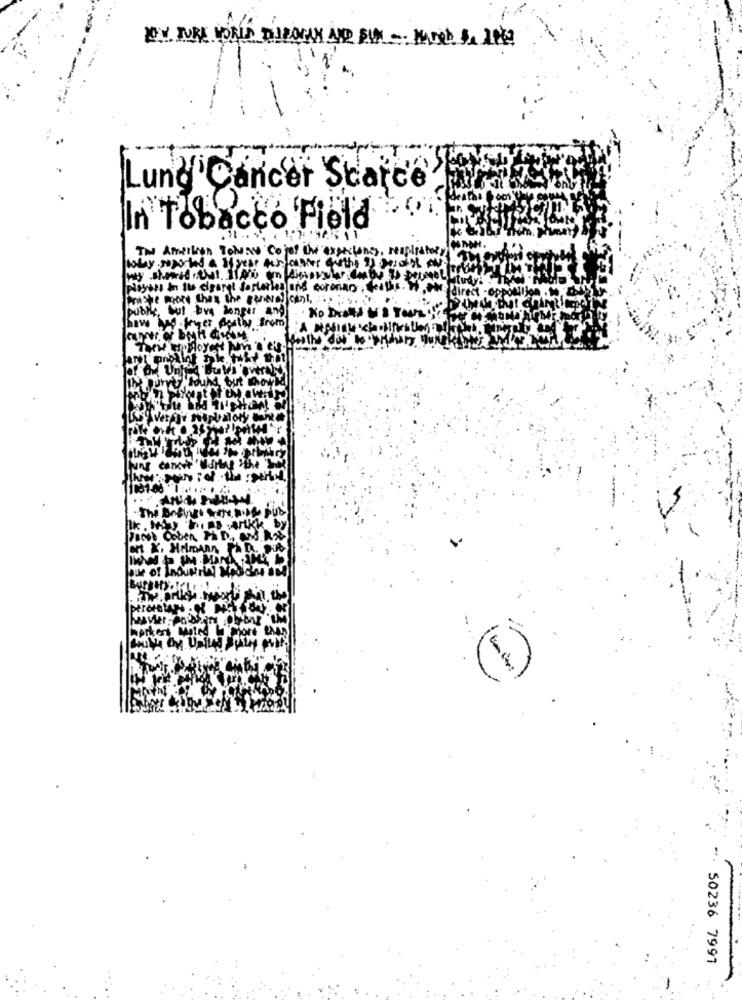
O'N TORE VORIS DOUROGUN AND SUN .. MADOR DO PPE
Lung Cancer Scarce
In Tobacco Field
The Amilion Today Co jet the expectones, respiratory
why soperted a 3year discounter quethe Is pascal aus
players in the edsorgt sostories and coteriers, colis.
It more than the general cant ....
but time longer and . No Deaths
Anty from
50236 7997